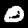
Digit: 0